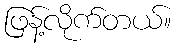
ဖြန့်လိုက်တယ်။